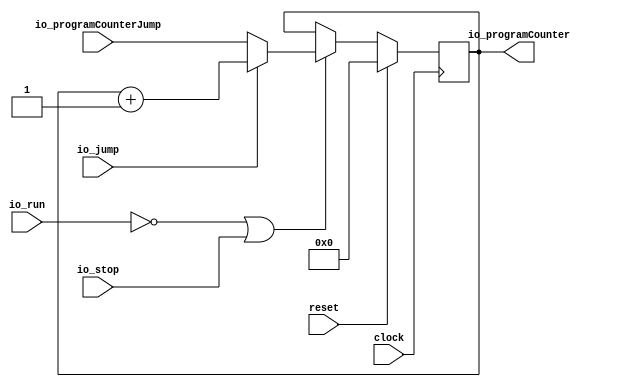
module ProgramCounter(
  input         clock,
  input         reset,
  input         io_stop,
  input         io_jump,
  input         io_run,
  input  [15:0] io_programCounterJump,
  output [15:0] io_programCounter
);
`ifdef RANDOMIZE_REG_INIT
  reg [31:0] _RAND_0;
`endif // RANDOMIZE_REG_INIT
  wire  notRun = ~io_run; // @[ProgramCounter.scala 14:16]
  wire  notRunOrStop = notRun | io_stop; // @[ProgramCounter.scala 15:29]
  wire [15:0] programCounter1 = io_programCounter + 16'h1; // @[ProgramCounter.scala 17:43]
  reg [15:0] reg1; // @[ProgramCounter.scala 22:21]
  assign io_programCounter = reg1; // @[ProgramCounter.scala 24:21]
`ifdef RANDOMIZE_GARBAGE_ASSIGN
`define RANDOMIZE
`endif
`ifdef RANDOMIZE_INVALID_ASSIGN
`define RANDOMIZE
`endif
`ifdef RANDOMIZE_REG_INIT
`define RANDOMIZE
`endif
`ifdef RANDOMIZE_MEM_INIT
`define RANDOMIZE
`endif
`ifndef RANDOM
`define RANDOM $random
`endif
`ifdef RANDOMIZE_MEM_INIT
  integer initvar;
`endif
`ifndef SYNTHESIS
`ifdef FIRRTL_BEFORE_INITIAL
`FIRRTL_BEFORE_INITIAL
`endif
initial begin
  `ifdef RANDOMIZE
    `ifdef INIT_RANDOM
      `INIT_RANDOM
    `endif
    `ifndef VERILATOR
      `ifdef RANDOMIZE_DELAY
        #`RANDOMIZE_DELAY begin end
      `else
        #0.002 begin end
      `endif
    `endif
`ifdef RANDOMIZE_REG_INIT
  _RAND_0 = {1{`RANDOM}};
  reg1 = _RAND_0[15:0];
`endif // RANDOMIZE_REG_INIT
  `endif // RANDOMIZE
end // initial
`ifdef FIRRTL_AFTER_INITIAL
`FIRRTL_AFTER_INITIAL
`endif
`endif // SYNTHESIS
  always @(posedge clock) begin
    if (reset) begin
      reg1 <= 16'h0;
    end else if (notRunOrStop) begin
      if (io_jump) begin
        reg1 <= programCounter1;
      end else begin
        reg1 <= io_programCounterJump;
      end
    end else begin
      reg1 <= io_programCounter;
    end
  end
endmodule